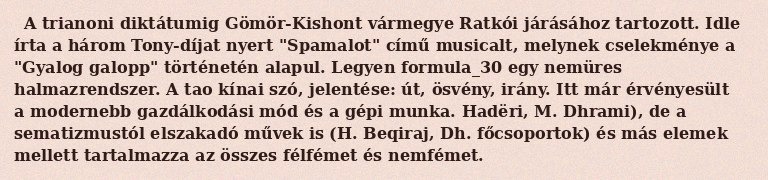
A trianoni diktátumig Gömör-Kishont vármegye Ratkói járásához tartozott. Idle írta a három Tony-díjat nyert "Spamalot" című musicalt, melynek cselekménye a "Gyalog galopp" történetén alapul. Legyen formula_30 egy nemüres halmazrendszer. A tao kínai szó, jelentése: út, ösvény, irány. Itt már érvényesült a modernebb gazdálkodási mód és a gépi munka. Hadëri, M. Dhrami), de a sematizmustól elszakadó művek is (H. Beqiraj, Dh. főcsoportok) és más elemek mellett tartalmazza az összes félfémet és nemfémet.